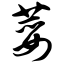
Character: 荽